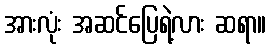
အားလုံး အဆင်ပြေရဲ့လား ဆရာ။